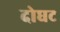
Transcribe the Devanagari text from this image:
दोघट